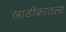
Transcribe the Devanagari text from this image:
खाडीकातला